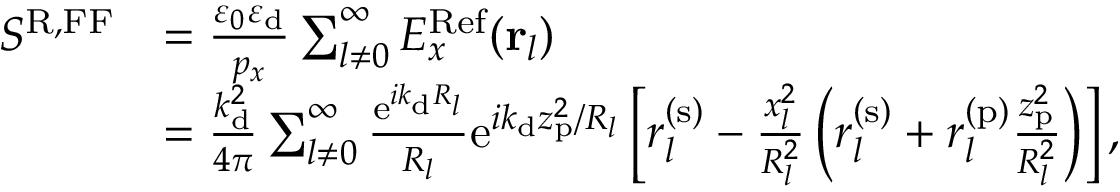
\begin{array} { r l } { S ^ { \mathrm { R , F F } } } & { = \frac { \varepsilon _ { 0 } \varepsilon _ { \mathrm { d } } } { p _ { x } } \sum _ { l \neq 0 } ^ { \infty } E _ { x } ^ { \mathrm { R e f } } ( { \bf r } _ { l } ) } \\ & { = \frac { k _ { \mathrm { d } } ^ { 2 } } { 4 \pi } \sum _ { l \neq 0 } ^ { \infty } \frac { \mathrm { e } ^ { i k _ { \mathrm { d } } R _ { l } } } { R _ { l } } \mathrm { e } ^ { i k _ { \mathrm { d } } z _ { \mathrm { p } } ^ { 2 } / R _ { l } } \left[ r _ { l } ^ { ( \mathrm { s } ) } - \frac { x _ { l } ^ { 2 } } { R _ { l } ^ { 2 } } \left( r _ { l } ^ { ( \mathrm { s } ) } + r _ { l } ^ { ( \mathrm { p } ) } \frac { z _ { \mathrm { p } } ^ { 2 } } { R _ { l } ^ { 2 } } \right) \right] , } \end{array}